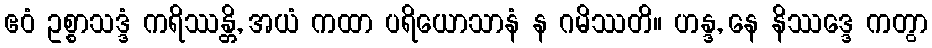
ဧဝံ ဥစ္စာသဒ္ဒံ ကရိဿန္တိ, အယံ ကထာ ပရိယောသာနံ န ဂမိဿတိ။ ဟန္ဒ, နေ နိဿဒ္ဒေ ကတွာ